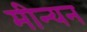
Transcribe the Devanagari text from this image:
मीन्यन